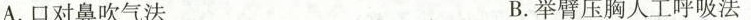
A.口对鼻吹气法 B.举臂压胸人工呼吸法